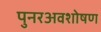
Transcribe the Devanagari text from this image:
पुनरअवशोषण